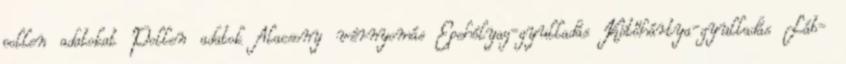
pollen adatokat Pollen adatok Alacsony vérnyomás Epehólyag-gyulladás Kötőhártya-gyulladás Láb-